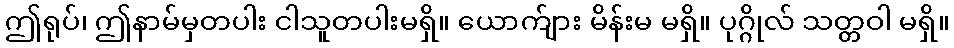
ဤရုပ်၊ ဤနာမ်မှတပါး ငါသူတပါးမရှိ။ ယောက်ျား မိန်းမ မရှိ။ ပုဂ္ဂိုလ် သတ္တဝါ မရှိ။